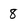
Character: 8